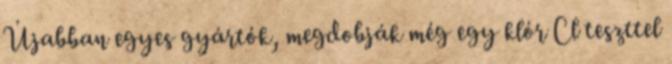
Újabban egyes gyártók, megdobják még egy klór Cl teszttel